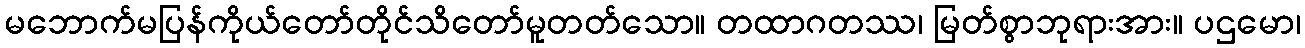
မဘောက်မပြန်ကိုယ်တော်တိုင်သိတော်မူတတ်သော။ တထာဂတဿ၊ မြတ်စွာဘုရားအား။ ပဌမော၊